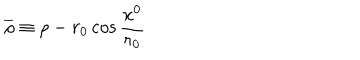
\overline { { { \rho } } } \equiv \rho - r _ { 0 } \cos { \frac { x ^ { 0 } } { r _ { 0 } } }